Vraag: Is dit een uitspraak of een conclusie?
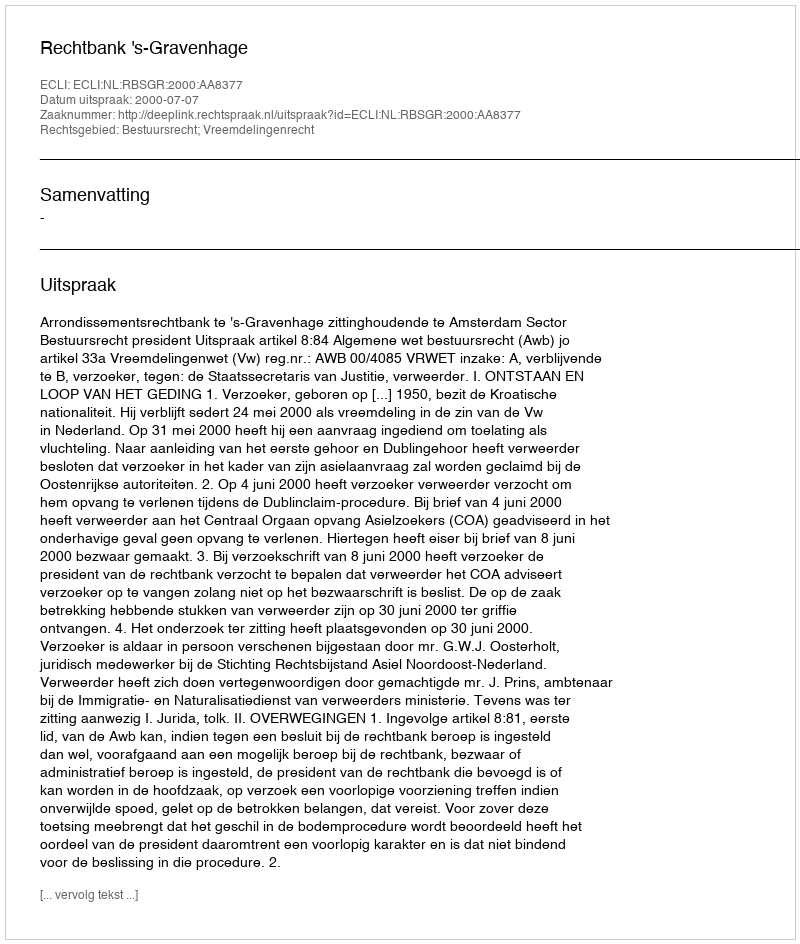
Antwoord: Uitspraak